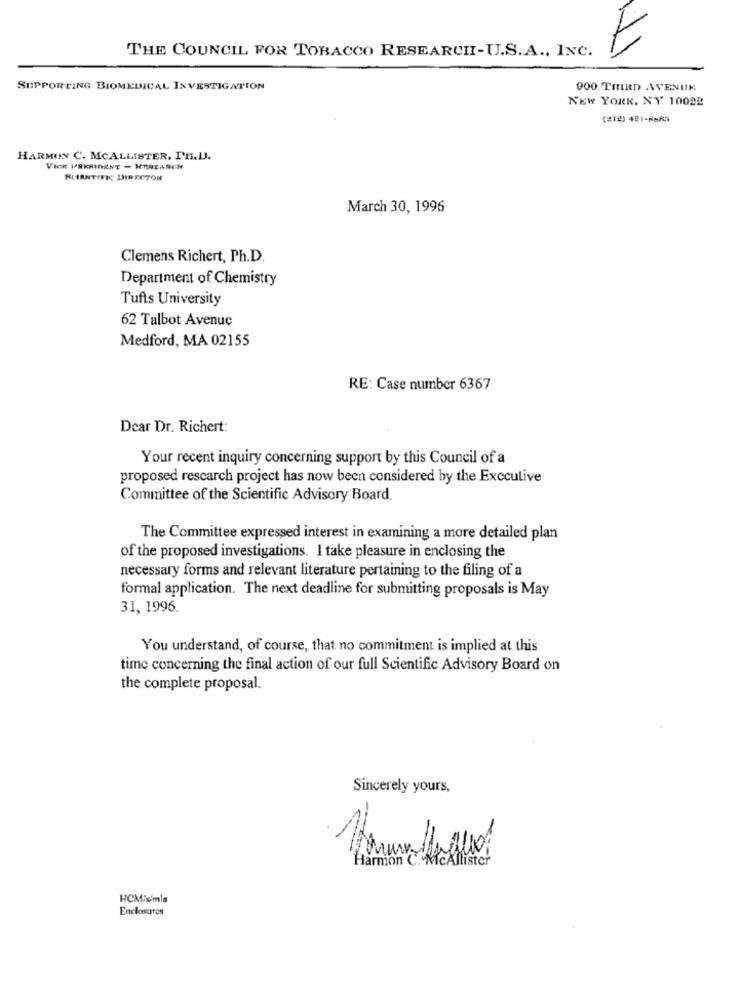
THE COUNCIL FOR TOBACCO RESEARCHI-U.S.A ., INC.
SUPPORTING BIOMEDICAL INVESTIGATION
900 THIRD AVENUE
NEW YORK, NY 10022
(212) 421-8880
HARMON C. MCALLISTER, PH.D.
VUR PRKRINENT - KRALARON
RANTIFK DIRECTOR
March 30, 1996
Clemens Richert, Ph.D.
Department of Chemistry
Tufts University
62 Talbot Avenue
Medford, MA 02155
RE: Case number 6367
Dear Dr. Richert:
Your recent inquiry concerning support by this Council of a
proposed rescarch project has now been considered by the Executive
Committee of the Scientific Advisory Board.
The Committee expressed interest in examining a more detailed plan
of the proposed investigations. I take pleasure in enclosing the
necessary forms and relevant literature pertaining to the filing of a
formal application. The next deadline for submitting proposals is May
31, 1996.
You understand, of course, that no commitment is implied at this
time concerning the final action of our full Scientific Advisory Board on
the complete proposal.
Sincerely yours,
Harmon C. McAllister
HCM/s/mla
Enclosures